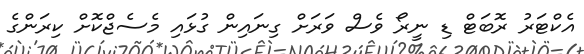
އެކްޓަރު ރޮބަޓް ޑި ނީރޯ ވެސް ވަރަށް ގިނައިން ގުޅައި މެސެޖްކޮށް ކިރަންގެ